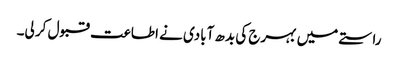
راستے میں بہرج کی بدھ آبادی نے اطاعت قبول کر لی۔